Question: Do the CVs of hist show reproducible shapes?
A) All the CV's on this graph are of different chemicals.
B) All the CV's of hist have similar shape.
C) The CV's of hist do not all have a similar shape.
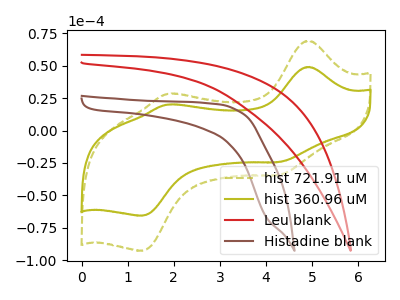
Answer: <think>The olive dashed curve "hist 721.91 uM" has anodic peaks at (4.95V, 69.35uA) (1.85V, 28.30uA) and cathodic peaks at (4.30V, -34.20uA) (1.30V, -92.75uA). The olive curve "hist 360.96 uM" has anodic peaks at (4.95V, 49.10uA) (1.85V, 20.05uA) and cathodic peaks at (4.30V, -24.25uA) (1.30V, -65.65uA). The red curve "Leu blank" has no peaks. The brown curve "Histadine blank" has no peaks.
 All the peaks in "hist 721.91 uM" have a peak in "hist 360.96 uM" at the same potential. Every peak in "hist 721.91 uM" is higher than every peak in "hist 360.96 uM". "hist 721.91 uM" and "Leu blank" have a different number of peaks. "hist 721.91 uM" and "Histadine blank" have a different number of peaks. "hist 360.96 uM" and "Leu blank" have a different number of peaks. "hist 360.96 uM" and "Histadine blank" have a different number of peaks. Neither "Leu blank" or "Histadine blank" have any peaks.</think>
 <answer>B) All the CV's of "hist" have similar shape.</answer>
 <eval>B</eval>